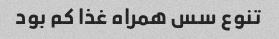
تنوع سس همراه غذا کم بود